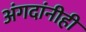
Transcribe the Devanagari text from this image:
अंगदांनीही